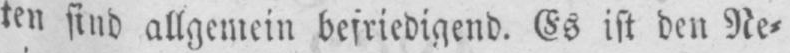
ten sind allgemein befriedigend. Es ist den Ne⸗